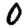
Digit: 0